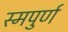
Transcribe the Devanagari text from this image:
स्मपुर्ण